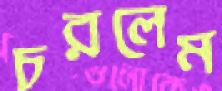
চরলেম